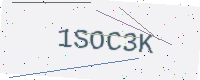
Text: 1SOC3K